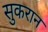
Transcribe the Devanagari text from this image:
सुकरान